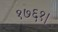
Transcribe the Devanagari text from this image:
१७६१।